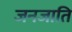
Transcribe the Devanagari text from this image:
जनजाति